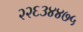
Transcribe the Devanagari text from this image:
२२६३४४७५